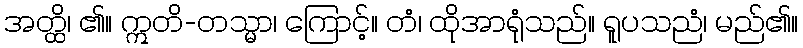
အတ္ထိ၊ ၏။ ဣတိ-တသ္မာ၊ ကြောင့်။ တံ၊ ထိုအာရုံသည်။ ရူပသညံ၊ မည်၏။